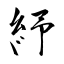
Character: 紓